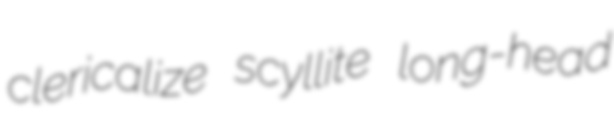
clericalize scyllite long-head